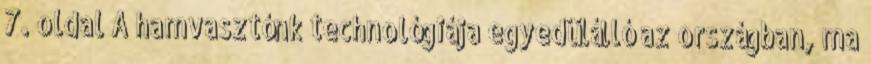
7. oldal A hamvasztónk technológiája egyedülálló az országban, ma